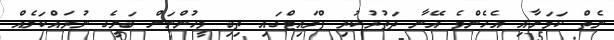
ނެތް ކަމަށާއި އެހެންވެ އޭނާ ދަތުރުކުރި ފްލައިޓްގައި ތިބި މީހުންނަށް ބަލީގެ ނުރައްކަލެއް